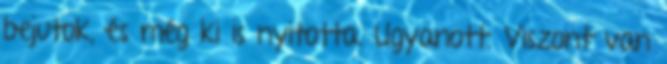
bejutok, és még ki is nyitotta. Ugyanott. Viszont van